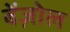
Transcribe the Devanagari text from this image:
बेंज़ोल